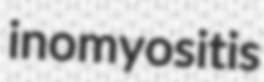
inomyositis